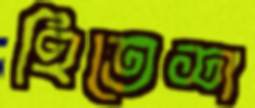
হিতেশ